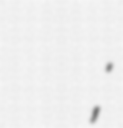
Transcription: Никола Илиянов Илиев;